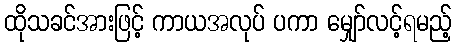
ထိုသခင်အားဖြင့် ကာယအလုပ် ပကာ မျှော်လင့်ရမည့်